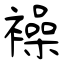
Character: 襙